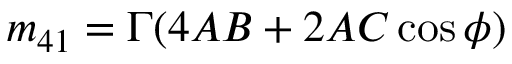
m _ { 4 1 } = \Gamma ( 4 A B + 2 A C \cos \phi )